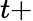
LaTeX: t+